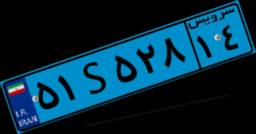
۸۶S۲۶۸۴۸